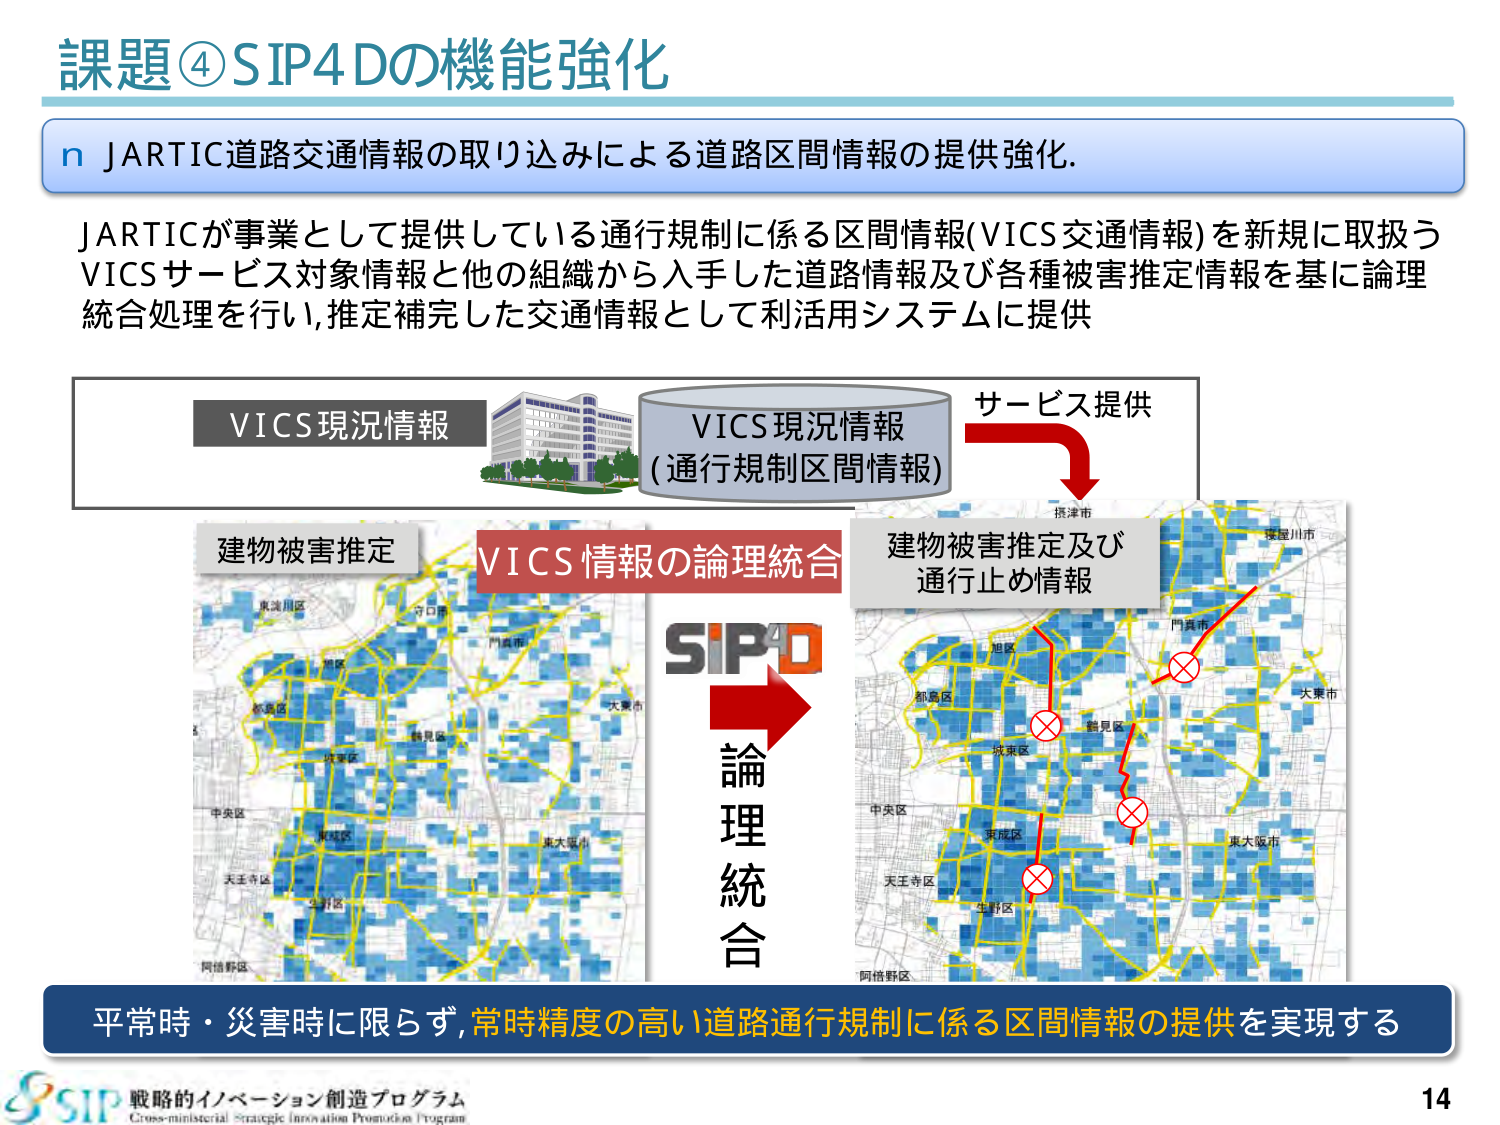
課題④SIP4Dの機能強化

n JARTIC道路交通情報の取り込みによる道路区間情報の提供強化。

JARTICが事業として提供している通行規制に係る区間情報(VICS交通情報)を新規に取扱う
VICSサービス対象情報と他の組織から入手した道路情報及び各種被害推定情報を基に論理
統合処理を行い,推定補完した交通情報として利活用システムに提供

VICS現況情報
VICS現況情報
(通行規制区間情報)
サービス提供

建物被害推定
VICS情報の論理統合
建物被害推定及び
通行止め情報

SIP4D
論理統合

平常時・災害時に限らず,常時精度の高い道路通行規制に係る区間情報の提供を実現する

戦略的イノベーション創造プログラム
Cross-ministerial Strategic Innovation Promotion Program

14